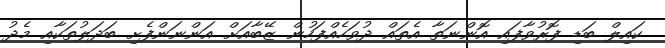
ކައިލް ބަޑި ފޮރުވާފައި އޮންނަތާ އެތައް ދުވަހެއްފަހުން ޒޭބާއަށް އަންނަންފެށި ބަދަލުތަކާއި މެދު